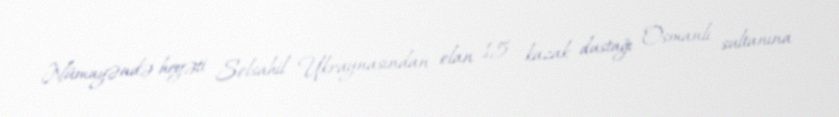
Nümayəndə heyəti Solsahil Ukraynasından olan 15 kazak dustağı Osmanlı sultanına